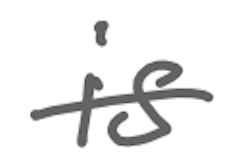
Text: is
Cross-out: single-line
Writing tool: digital_gray